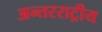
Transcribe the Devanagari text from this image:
अन्तरराट्रीय